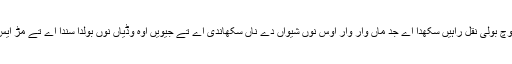
عام خیال اے پئی بال پوند وچ بولی نقل راہیں سکھدا اے جد ماں وار وار اوس نُوں شیواں دے ناں سکھاندی اے تے جیویں اوہ وڈیاں نُوں بولدا سُندا اے تے مُڑ ایس نُوں نقل راہیں سکھدا اے۔